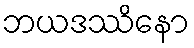
ဘယဒဿိနော